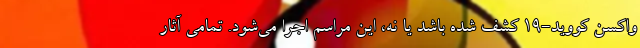
واکسن کووید-۱۹ کشف شده باشد یا نه، این مراسم اجرا می‌شود. تمامی آثار